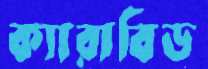
ক্যারাবিড